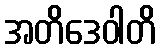
အတိဒေဝါတိ